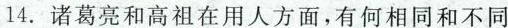
14.诸葛亮和高祖在用人方面，有何相同和不同